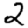
Digit: 2